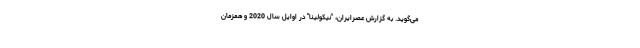
می‌گوید. به گزارش عصرایران، "نیکولینا" در اوایل سال 2020 و همزمان